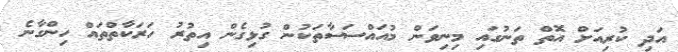
އަދި ކުރިއަށް އޮތް ތަނުގައި މިނިވަން މުއައްސަސާތަކުން ގުޅިގެން އިތުރު ހަރަކާތްތައް ހިންގާނެ